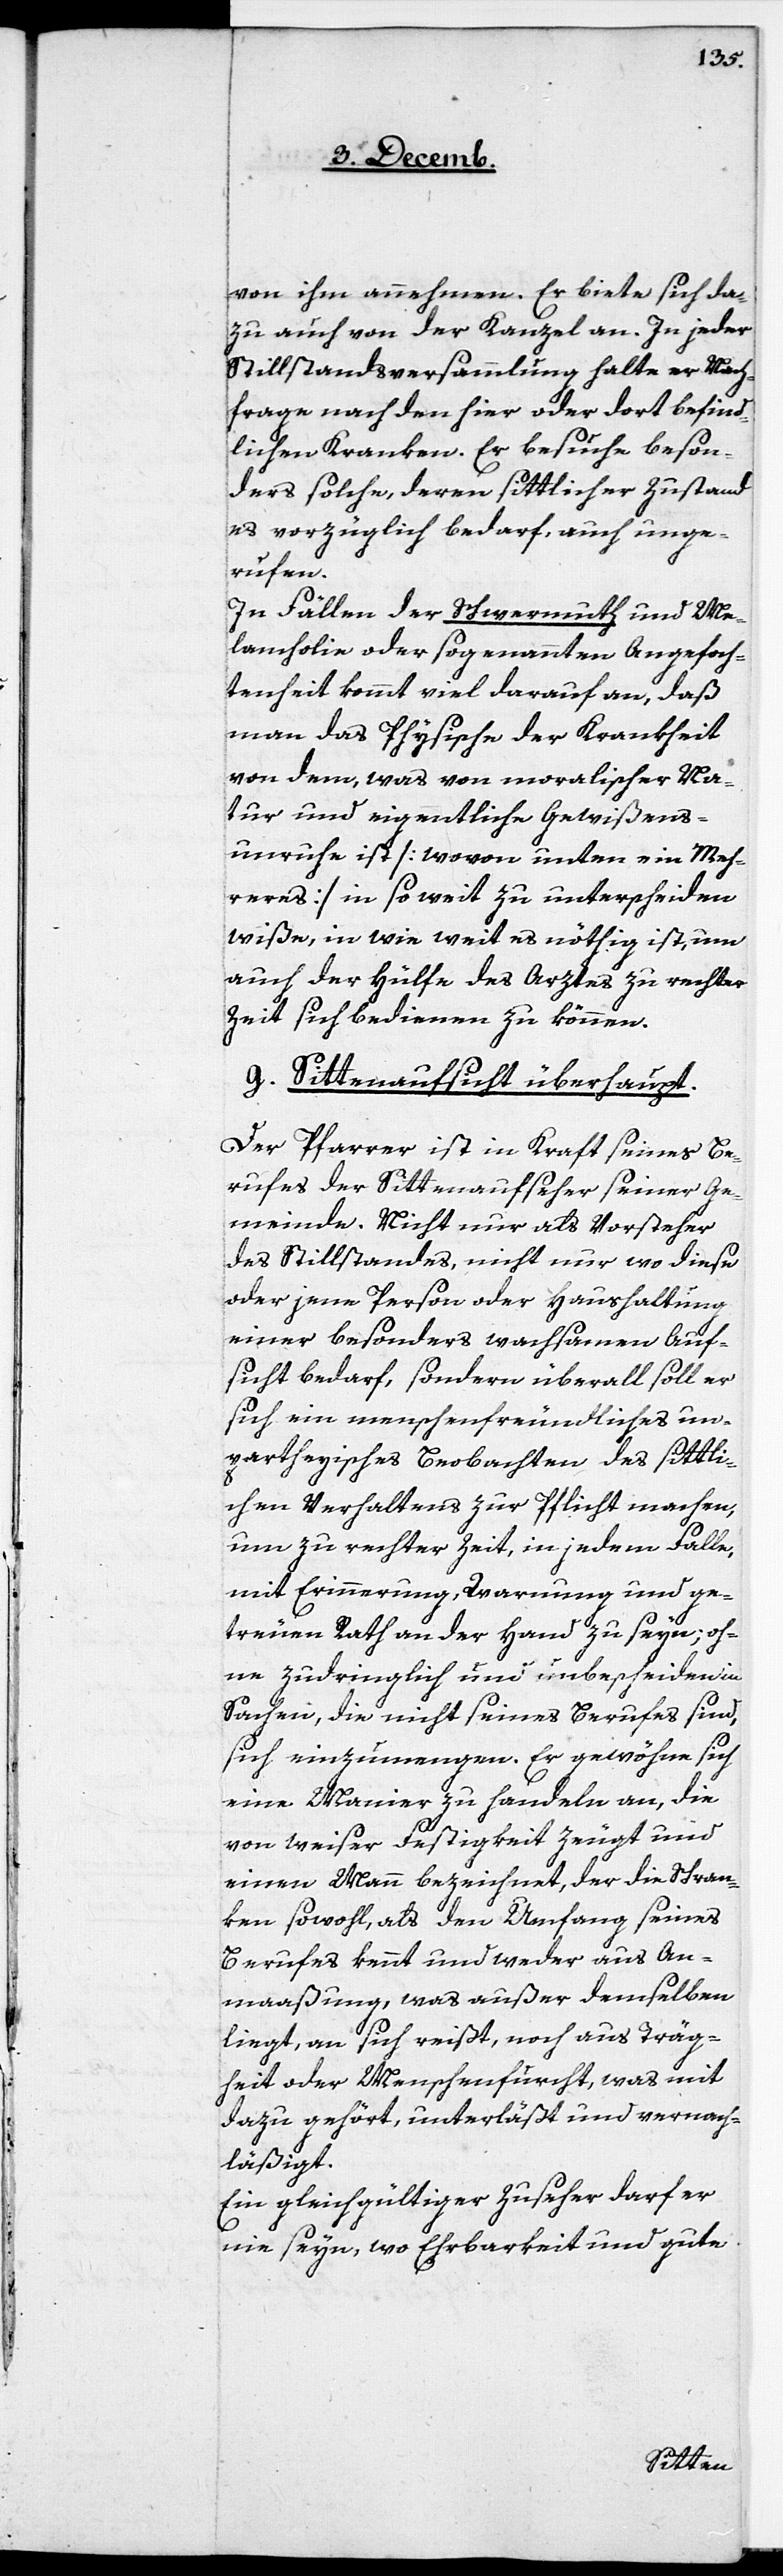
von ihm annehmen. Er biete sich da¬
zu auch von der Kanzel an. In jeder
Stillstandsversammlung halte er Nach¬
frage nach den hier oder dort befind¬
lichen Kranken. Er besuche beson¬
ders solche, deren sittlicher Zustand
es vorzüglich bedarf, auch unge¬
rufen.
In Fällen der Schwermuth und Me¬
lancholie oder sogenannten Angefoch¬
tenheit kommt viel darauf an, daß
man das Physische der Krankheit
von dem, was von moralischer Na¬
tur und eigentliche Gewißens¬
unruhe ist [wovon unten ein Meh¬
reres] in so weit zu unterscheiden
wiße, in wie weit es nöthig ist, um
auch der Hülfe des Arztes zu rechter
Zeit sich bedienen zu können.
g. Sittenaufsicht überhaupt.
Der Pfarrer ist in Kraft seines Be¬
rufes der Sittenaufseher seiner Ge¬
meinde. Nicht nur als Vorsteher
des Stillstandes, nicht nur wo diese
oder jene Person oder Haushaltung
einer besonders wachsamen Auf¬
sicht bedarf, sondern überall soll er
sich ein menschenfreundliches un¬
parteyisches Beobachten des sittli¬
chen Verhaltens zur Pflicht machen,
um zu rechter Zeit, in jedem Falle,
mit Erinnerung, Warnung und ge¬
treuen Rath an der Hand zu seyn; oh¬
ne zudringlich und unbescheiden in
Sachen, die nicht seines Berufes sind,
sich einzumengen. Er gewöhne sich
eine Manier zu handeln an, die
von weiser Festigkeit zeugt und
einen Mann bezeichnet, der die Schran¬
ken sowohl, als den Umfang seines
Berufes kennt und weder aus An¬
maaßung, was außer demselben
liegt, an sich reißt, noch aus Träg¬
heit oder Menschenfurcht, was mit
dazu gehört, unterläßt und vernach¬
läßigt.
Ein gleichgültiger Zuseher darf er
nie seyn, wo Ehrbarkeit und gute